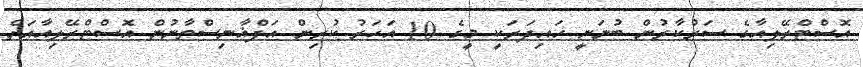
އޮސްޓްރޭލިއާގެ ސަރުކާރުން ބުނަނީ ހައިދަރަކީ މީގެ 10 އަހަރު ކުރިން އަފްޣާނިސްތާނުން އޮސްޓްރޭލިއާއަށް